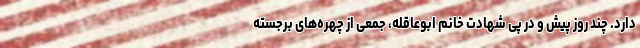
دارد. چند روز پیش و در پی شهادت خانم ابوعاقله، جمعی از چهره‌های برجسته